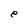
Character: e